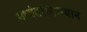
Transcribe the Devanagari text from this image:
मध्यंतरादरम्यान